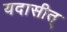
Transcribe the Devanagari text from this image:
यदासीत्